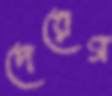
দেরেগ